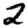
Digit: 2